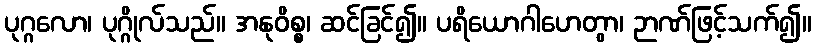
ပုဂ္ဂလော၊ ပုဂ္ဂိုလ်သည်။ အနုဝိစ္စ၊ ဆင်ခြင်၍။ ပရိယောဂါဟေတွာ၊ ဉာဏ်ဖြင့်သက်၍။